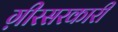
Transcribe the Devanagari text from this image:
ग़ीरसरकारी